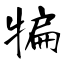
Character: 犏